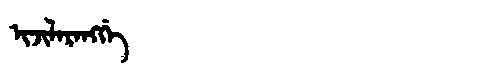
Manchu: ᡳᠵᡳᠯᠠᡵᠠᠩᡤᡝ
Romanization: IJILARANGGE